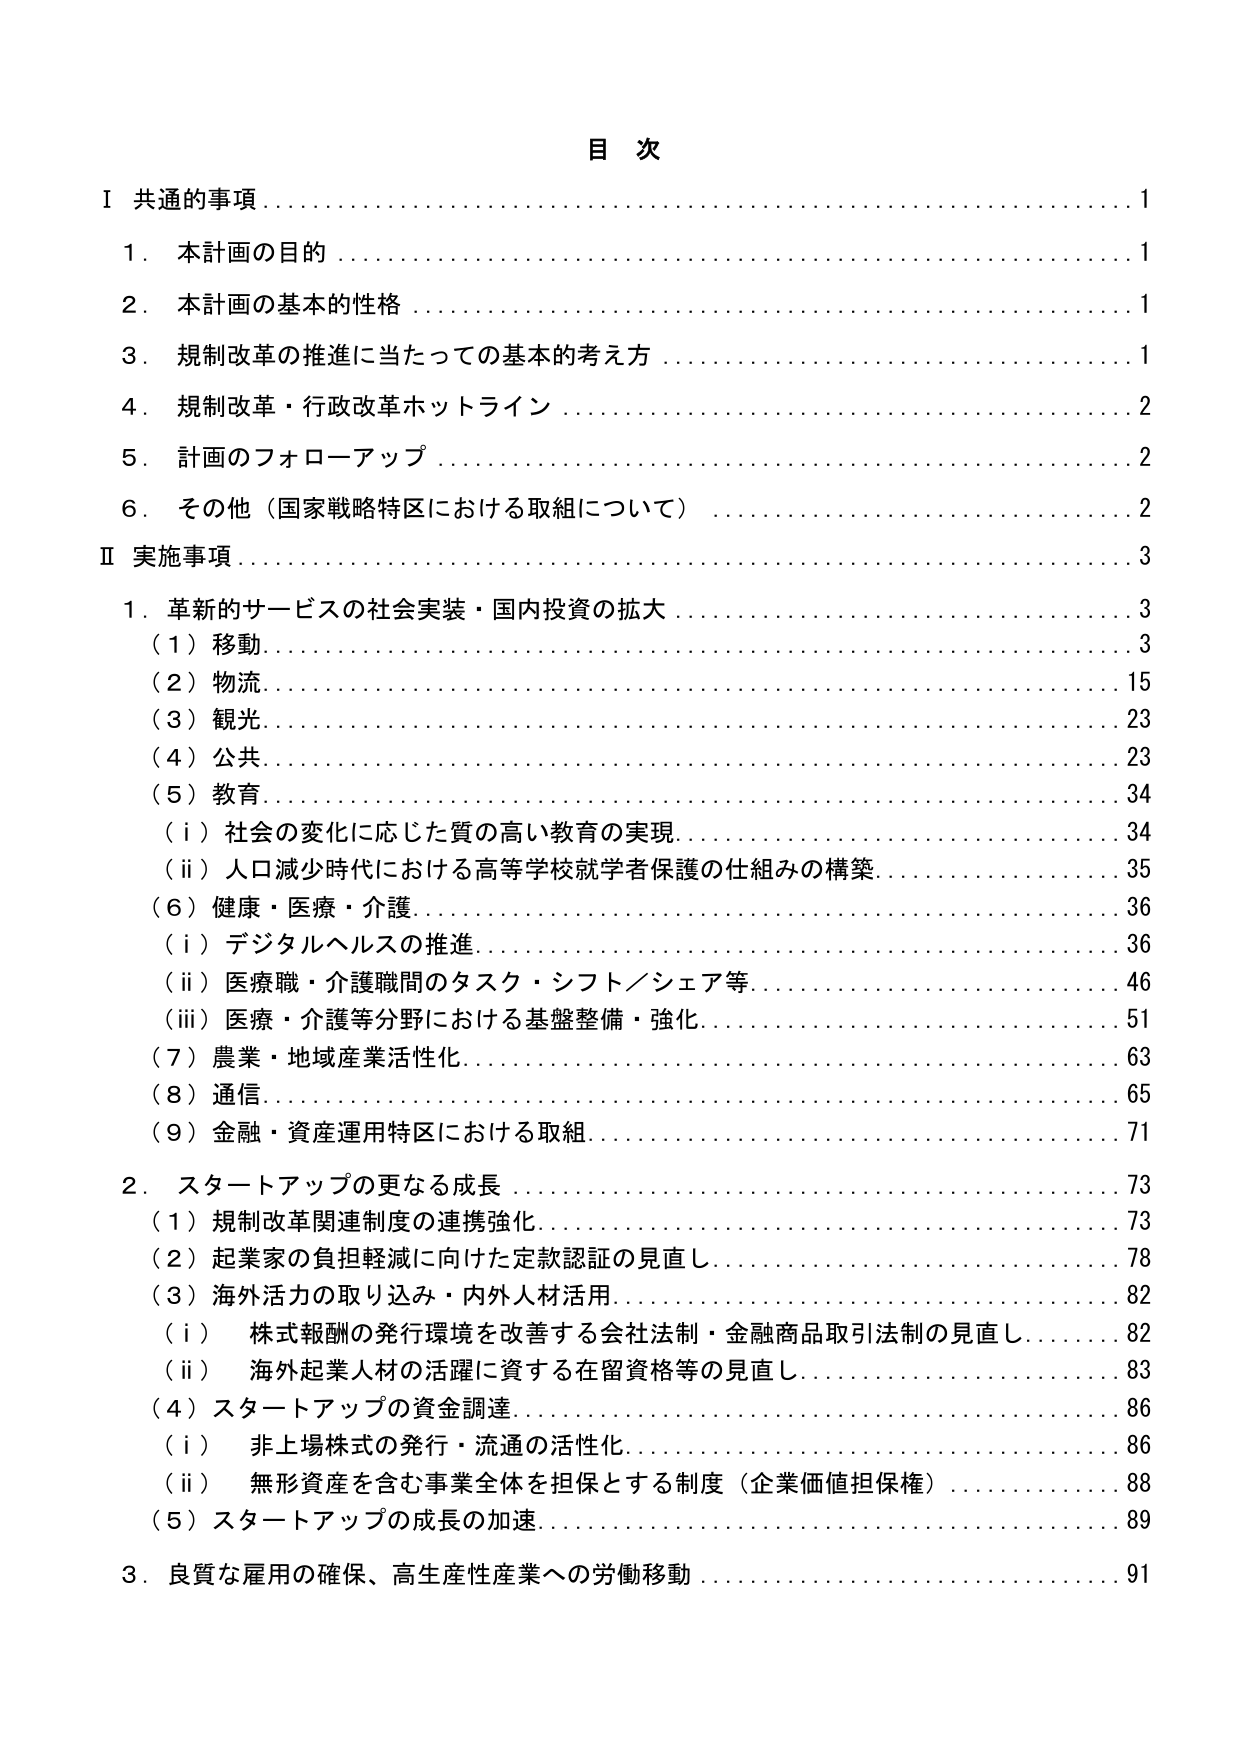
目 次

Ⅰ 共通的事項 ……………………………………………………………… 1
　1．本計画の目的 ………………………………………………………… 1
　2．本計画の基本的性格 ………………………………………………… 1
　3．規制改革の推進に当たっての基本的考え方 ………………………… 1
　4．規制改革・行政改革ホットライン …………………………………… 2
　5．計画のフォローアップ ……………………………………………… 2
　6．その他（国家戦略特区における取組について） …………………… 2

Ⅱ 実施事項 ………………………………………………………………… 3
　1．革新的サービスの社会実装・国内投資の拡大 ……………………… 3
　　（1）移動 ……………………………………………………………… 3
　　（2）物流 ……………………………………………………………… 15
　　（3）観光 ……………………………………………………………… 23
　　（4）公共 ……………………………………………………………… 23
　　（5）教育 ……………………………………………………………… 34
　　　（i）社会の変化に応じた質の高い教育の実現 …………………… 34
　　　（ii）人口減少時代における高等学校就学者保護の仕組みの構築 … 35
　　（6）健康・医療・介護 ……………………………………………… 36
　　　（i）デジタルヘルスの推進 ……………………………………… 36
　　　（ii）医療職・介護職間のタスク・シフト／シェア等 …………… 46
　　　（iii）医療・介護等分野における基盤整備・強化 ……………… 51
　　（7）農業・地域産業活性化 ………………………………………… 63
　　（8）通信 ……………………………………………………………… 65
　　（9）金融・資産運用特区における取組 …………………………… 71

　2．スタートアップの更なる成長 ……………………………………… 73
　　（1）規制改革関連制度の連携強化 …………………………………… 73
　　（2）起業家の負担軽減に向けた定款認証の見直し ………………… 78
　　（3）海外活力の取り込み・内外人材活用 …………………………… 82
　　　（i）株式報酬の発行環境を改善する会社法制・金融商品取引法制の見直し … 82
　　　（ii）海外起業人材の活躍に資する在留資格等の見直し ………… 83
　　（4）スタートアップの資金調達 ……………………………………… 86
　　　（i）非上場株式の発行・流通の活性化 ………………………… 86
　　　（ii）無形資産を含む事業全体を担保とする制度（企業価値担保権） … 88
　　（5）スタートアップの成長の加速 …………………………………… 89

　3．良質な雇用の確保、高生産性産業への労働移動 …………………… 91